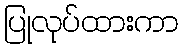
ပြုလုပ်ထားကာ